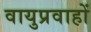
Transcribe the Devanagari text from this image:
वायुप्रवाहों